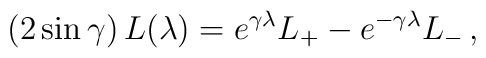
(2 \sin\gamma) \, L(\lambda) =  e^{\gamma\lambda} L_+ - e^{-\gamma\lambda} L_- \,,